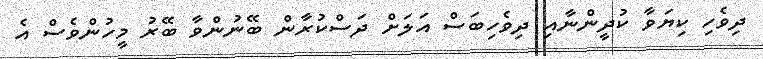
ދިވެހި ކިޔަވާ ކުދީންނާއި ދިވެހިބަސް އަލަށް ދަސްކުރާން ބޭނުންވާ ބޭރު މީހުންވެސް އެ